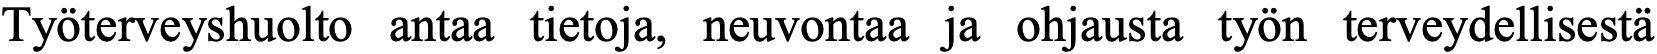
Työterveyshuolto antaa tietoja, neuvontaa ja ohjausta työn terveydellisestä